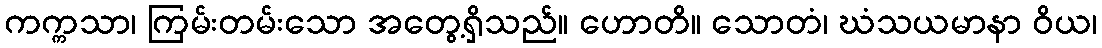
ကက္ကသာ၊ ကြမ်းတမ်းသော အတွေ့ရှိသည်။ ဟောတိ။ သောတံ၊ ဃံသယမာနာ ဝိယ၊